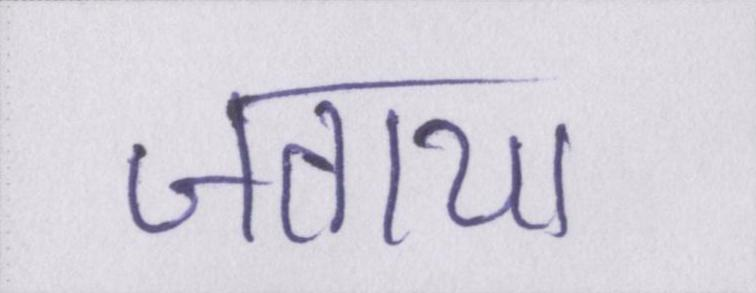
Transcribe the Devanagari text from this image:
जताया